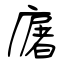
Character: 廜